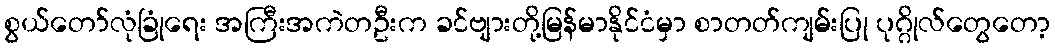
စွယ်တော်လုံခြုံရေး အကြီးအကဲတဦးက ခင်ဗျားတို့မြန်မာနိုင်ငံမှာ စာတတ်ကျမ်းပြု ပုဂ္ဂိုလ်တွေတော့